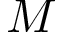
M